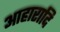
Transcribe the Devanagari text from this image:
आहारादि